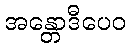
အန္တောဒီပေဝ